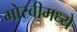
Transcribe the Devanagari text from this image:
मोरबीमध्ये